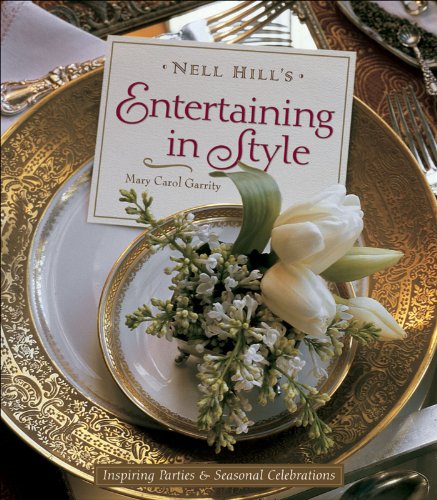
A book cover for Nell Hill's Entertaining in Style: Inspiring Parties and Seasonal Celebrations; Mary Carol Garrity; Cookbooks, Food & Wine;